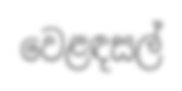
වෙළඳසල්